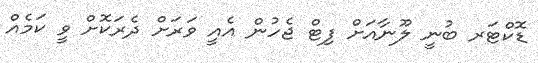
ޑޮކްޓަރ ބުނީ ލޫނާއަށް ފިޓް ޖެހުން އެއީ ވަރަށް ދެރަކޮށް ވީ ކަމެއް